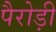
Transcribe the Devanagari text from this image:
पैरोड़ी